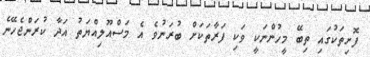
ފޮށިތަކުގައި ތިބޭ މީހުންނަކީ ވަކި ފަރާތަކަށް ބުރަނުވެ އެ މަސްއޫލިއްޔަތު އަދާ ކުރަންޖެހޭނެ